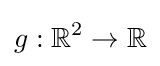
g:\mathbb {R} ^{2}\to \mathbb {R}